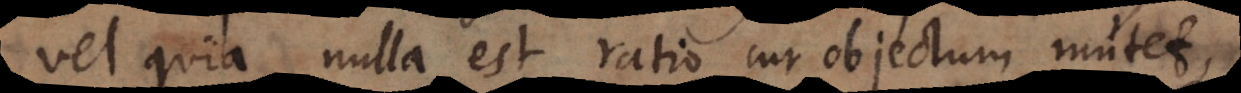
vel quia nulla est ratio cur objectum mutet,